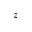
z